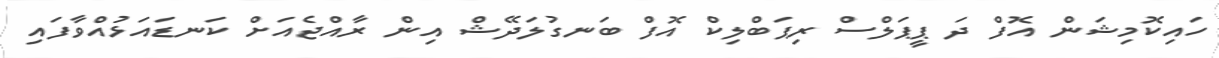
ހައިކޮމިޝަން އޮފް ދަ ޕީޕަލްސް ރިޕަބްލިކް އޮފް ބަނގުލަދޭޝް އިން ރާއްޖެއަށް ކަނޑައަޅުއްވާފައި